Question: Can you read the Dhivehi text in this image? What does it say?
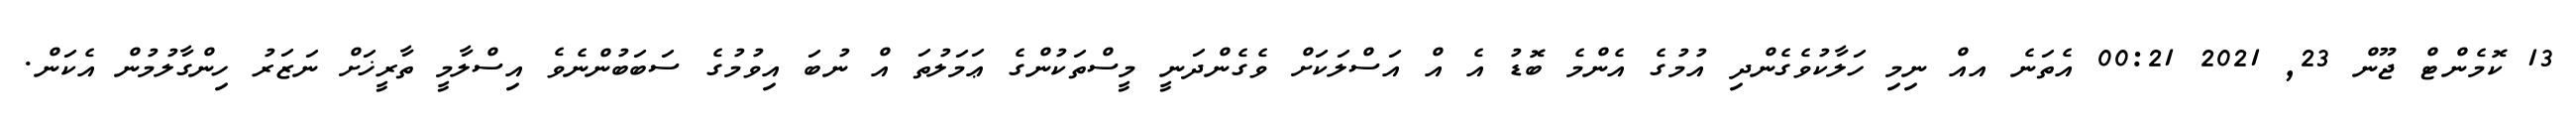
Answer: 13 ކޮމެންޓް ޖޫން 23, 2021 00:21 އެތަނެ އއް ނިމި ހަލާކުވެގެންދި އުމުގެ އެންމެ ބޮޑު އެ އް އަސްލަކަށް ވެގެންދަނީ މީސްތަކުންގެ ޢަމަލުތަ އް ނުބަ އިވުމުގެ ސަބަބުންނެވެ އިސްލާމީ ތާރީޚަށް ނަޒަރު ހިންގާލުމުން އެކަން.